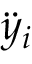
\ddot { y } _ { i }